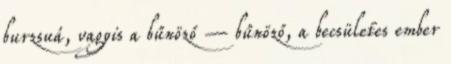
burzsuá, vagyis a bűnöző – bűnöző, a becsületes ember